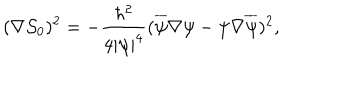
( \nabla \mathcal { S } _ { 0 } ) ^ { 2 } = - { \frac { \hbar ^ { 2 } } { 4 | \psi | ^ { 4 } } } ( \overline { { \psi } } \nabla \psi - \psi \nabla \overline { { \psi } } ) ^ { 2 } ,